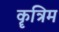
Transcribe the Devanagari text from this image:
कॄत्रिम